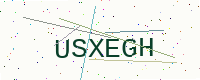
Text: USXEGH